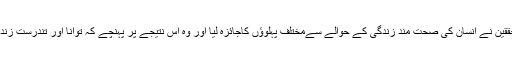
برطانیہ کی نیوکاسل یونیورسٹی میں محققین نے انسان کی صحت مند زندگی کے حوالے سےمختلف پہلوؤں کاجائزہ لیا اور وہ اس نتیجے پر پہنچے کہ توانا اور تندرست زندگی کا راز خالص دودھ میں مضمر ہے۔